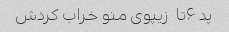
پد ۶تا  زیپوی منو خراب کردش